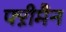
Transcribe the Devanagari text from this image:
फ्ऱीमैन